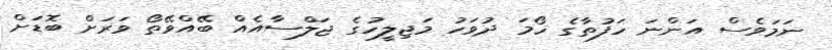
ނަމަވެސް އަންނަ ހަފުތާގެ ހޯމަ ދުވަހު މަޖިލީހުގެ ޖަލްސާއެއް ބޭއްވޭތޯ ވަރަށް ބޮޑަށް